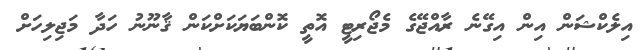
އިލެކްޝަން އިން އިގޭނެ ރާއްޖޭގެ މެޖޯރިޓީ އޮތީ ކޮންބަޔަކަށްކަން ޤާނޫނު ހަދާ މަޖިލިހަށް